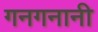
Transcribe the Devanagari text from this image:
गनगनानी